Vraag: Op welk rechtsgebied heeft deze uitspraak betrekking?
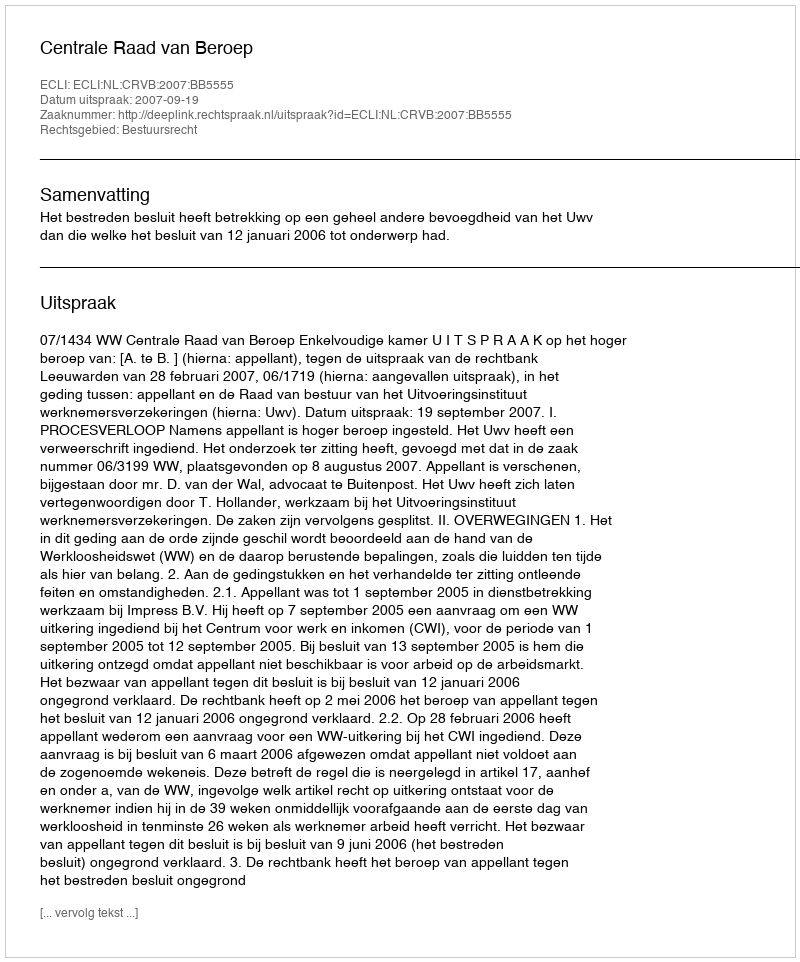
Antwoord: Bestuursrecht